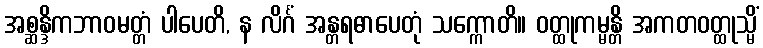
အစ္ဆန္ဒိကဘာဝမတ္တံ ပါပေတိ, န လိင်္ဂံ အန္တရဓာပေတုံ သက္ကောတိ။ ဝတ္ထုကမ္မန္တိ အကတဝတ္ထုသ္မိံ